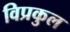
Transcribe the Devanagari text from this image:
विप्रकुल